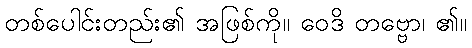
တစ်ပေါင်းတည်း၏ အဖြစ်ကို။ ဝေဒိ တဗ္ဗော၊ ၏။